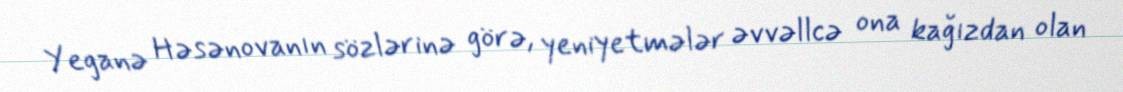
Yeganə Həsənovanın sözlərinə görə, yeniyetmələr əvvəllcə ona kağızdan olan